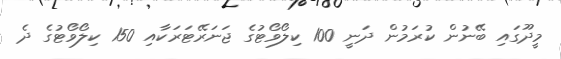
މީދޫގައި ބޭނުން ކުރަމުން ދަނީ 100 ކިލޯވޯޓުގެ ޖަނަރޭޓަރަކާއި 150 ކިލޯވޯޓުގެ ދެ